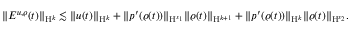
\begin{array} { r } { \Vert E ^ { u , \varrho } ( t ) \Vert _ { \mathrm { H } ^ { k } } \lesssim \Vert u ( t ) \Vert _ { \mathrm { H } ^ { k } } + \Vert p ^ { \prime } ( \varrho ( t ) ) \Vert _ { \mathrm { H } ^ { s _ { 1 } } } \Vert \varrho ( t ) \Vert _ { \mathrm { H } ^ { k + 1 } } + \Vert p ^ { \prime } ( \varrho ( t ) ) \Vert _ { \mathrm { H } ^ { k } } \Vert \varrho ( t ) \Vert _ { \mathrm { H } ^ { s _ { 2 } } } . } \end{array}